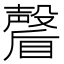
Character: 𭿩